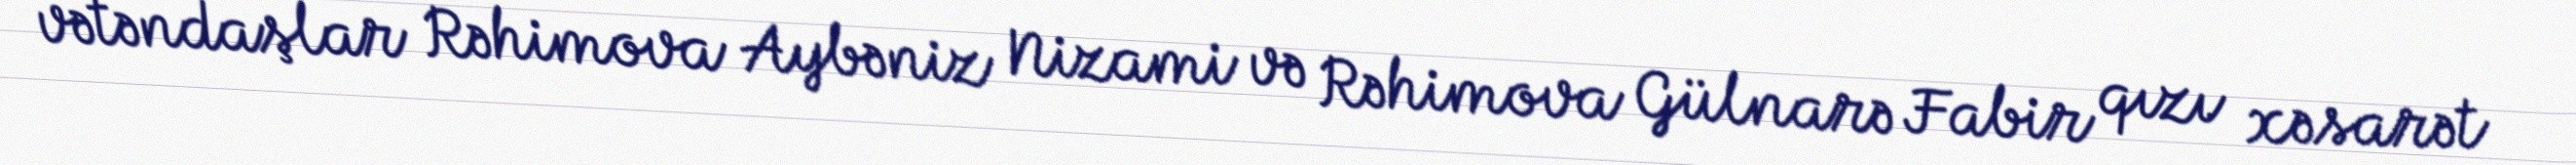
vətəndaşlar Rəhimova Aybəniz Nizami və Rəhimova Gülnarə Fabir qızı xəsarət